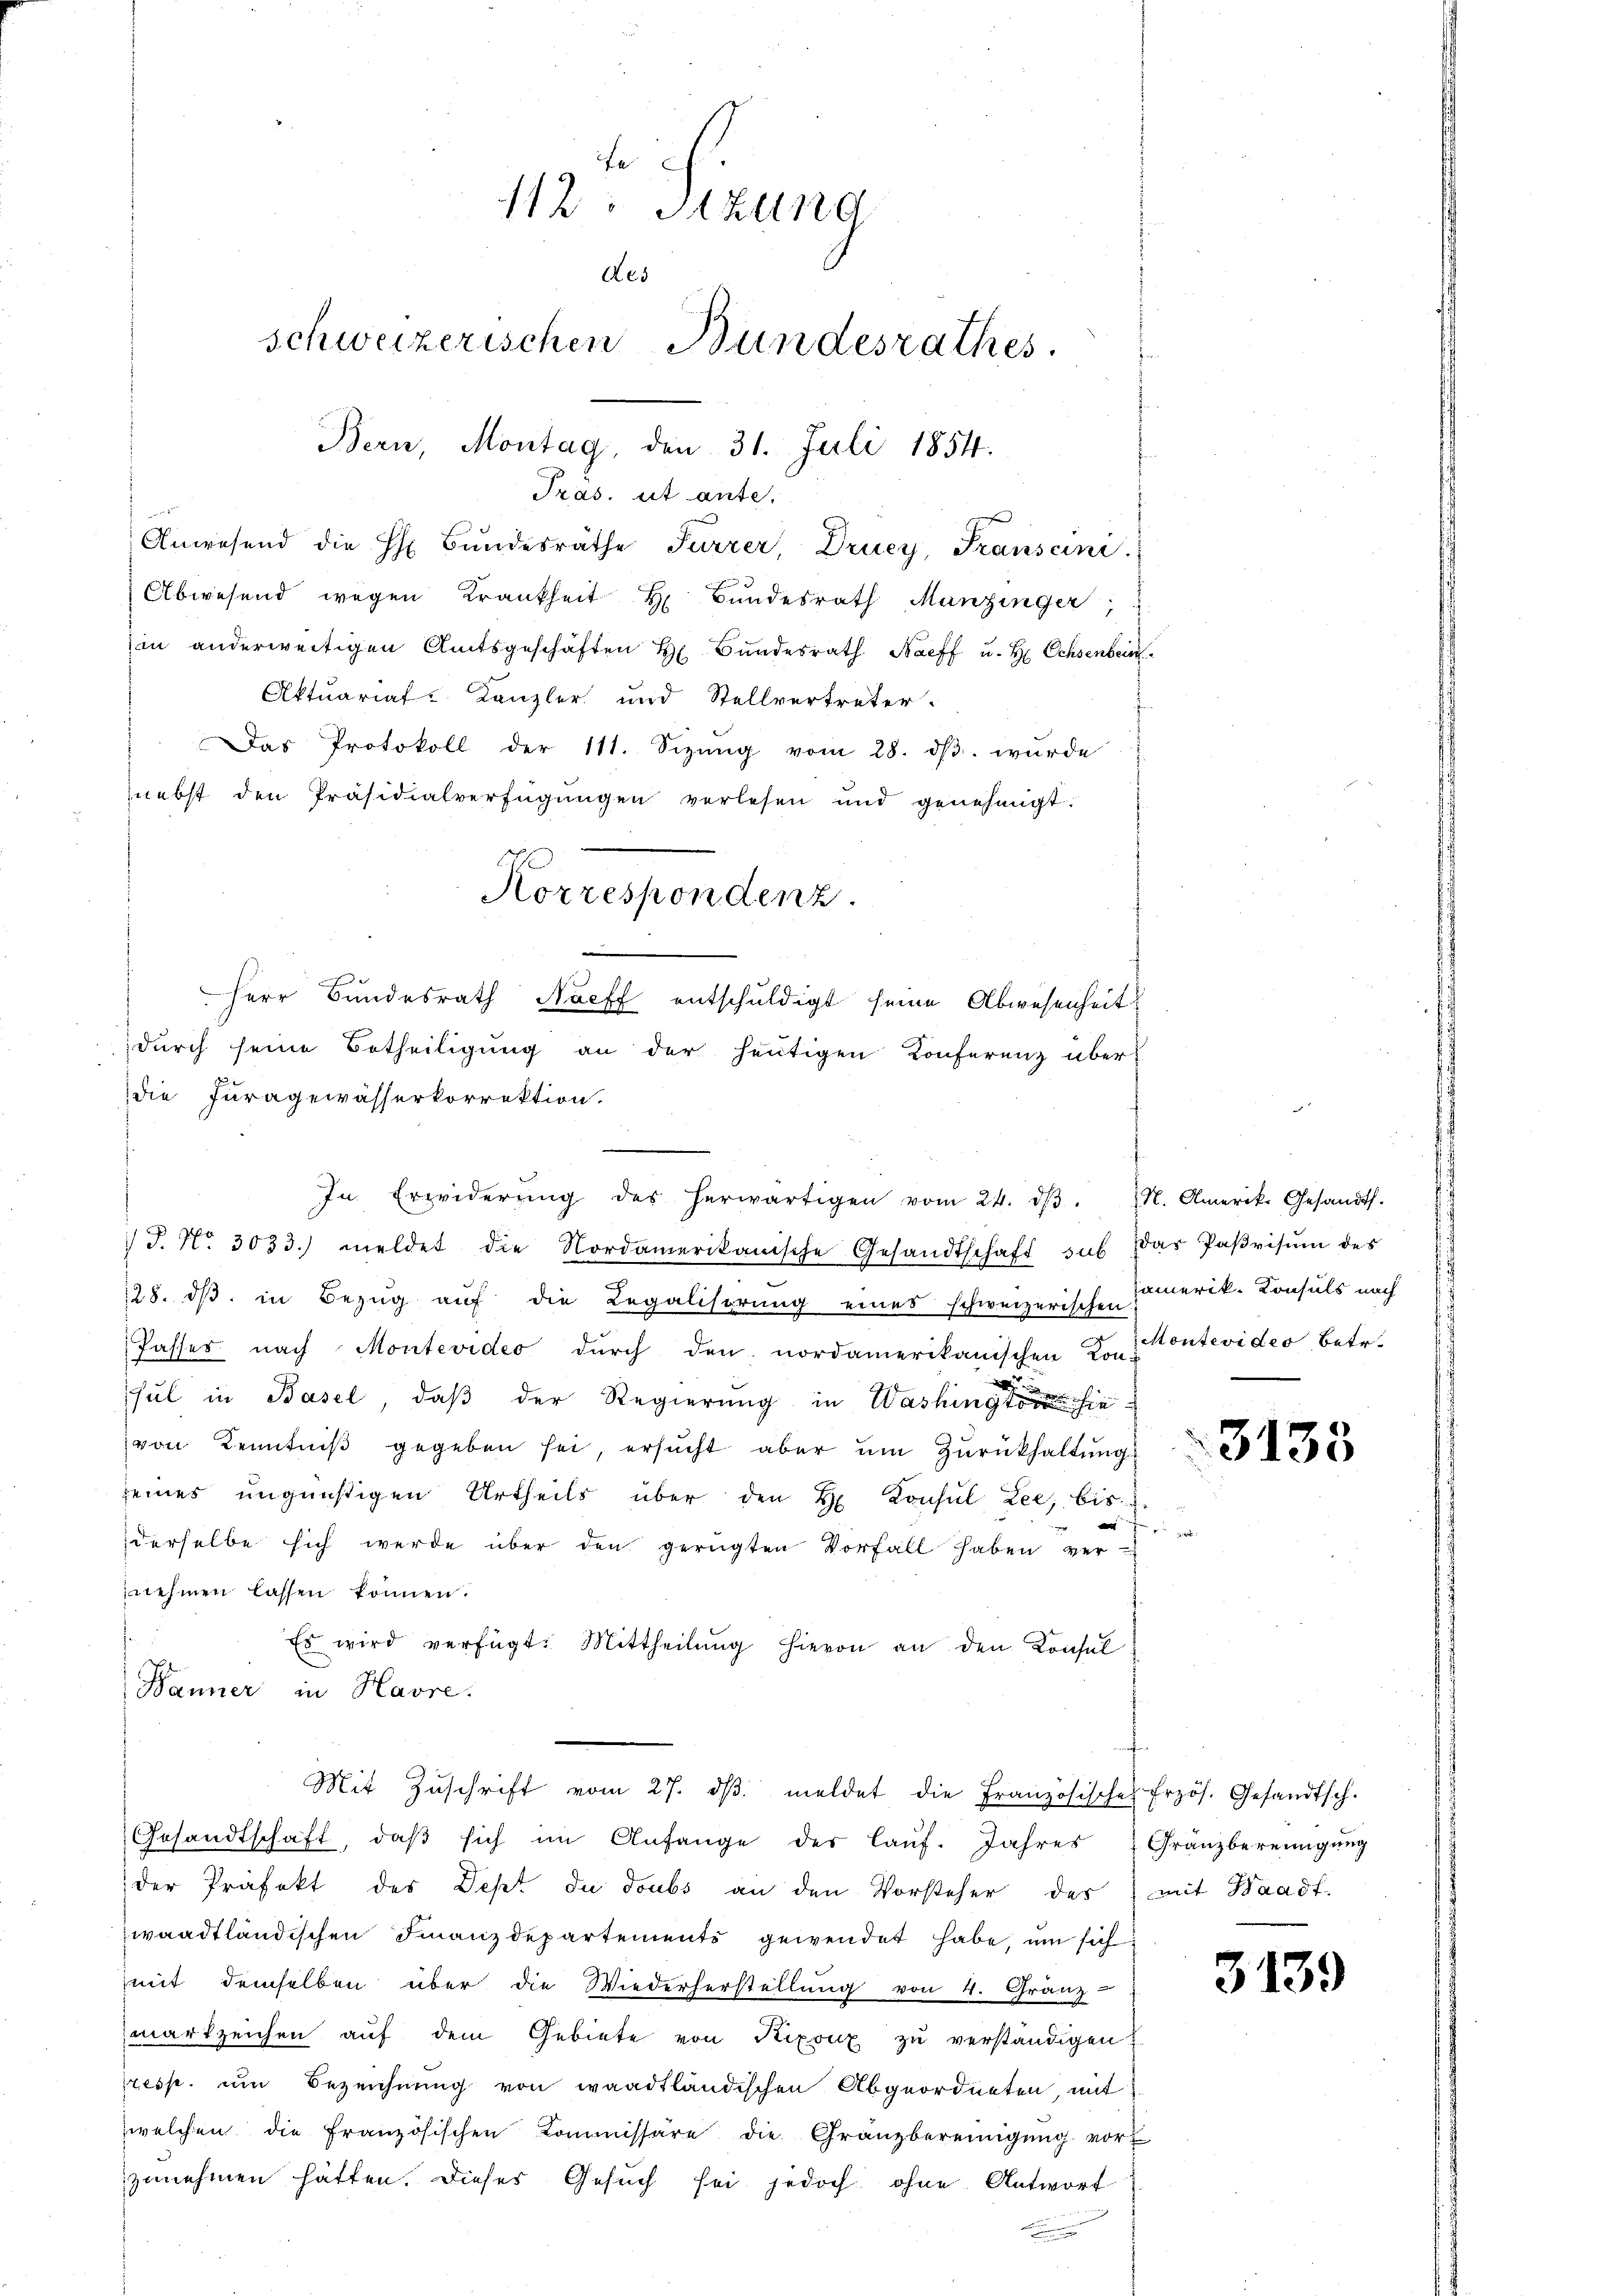
112 Stund
Aes
schweizerischen Bundesrathes.
Bern, Montag, den 31. Juli 1854.

.
 J. No. 3033.) meldet die Nordamerikanische Gesandtschaft sub das Paβvisŭm des
128. dβ in Bezug auf die Regalisprung eines schweizerischen Emerik- Konsuls nach
Passes nach Montevideo durch den nordamerikanischen Kon-
sul in Basel, daß der Regierung in Washingte sie
von Kenntniß gegeben sei, ersucht aber um Zurückhaltung
seines ungünstigen Urtheils über den H. Consul Lee, bis
s
derselbe sich werde über den gerügten Vorfall haben ver-
nehmen lassen können.
Es wird verfügt: Mittheilŭng hievon an den Konsul
Bänner in Havre.
Mit Zŭschrift vom 27. dβ meldet die Französisches Erzös. Gesandtsch.
Gesandtschaft, daβ sich im Anfange der laŭf. Jahres Gränzbereinigŭng
der Präfekt der Dept du doubs an den Vorsteher des mit Waadt-
waadtländischen Finanzdepartemento gewendet habe, um sich
mit demselben über die Wiederherstellung von 4. Gränz
wartzeichen auf dem Gebiete von Pixonz zu verständigen
resse, um Bezeichnung von waadtländischen Abgeordneten, mit
welchen die französischen Kommissäre die Gränzbereinigŭng vor
zunehmen hätten. Dieses Gesuch sei jedoch ohne Antwort
.

Tras. et ante.
Anwesend die H. Bŭndesräthe Furrer, Drucy, Franscini
Abwesend wegen Krankheit H. Bŭndesrath Menzinger,
hin anderweitigen Amtsgeschäften H Bundesrath Naeff u. H Ochsenber
Aktuariat Kanzler und Stellvertreter.
Das Protokoll der 111. Sizŭng vom 28. dβ. wurde
nebst den Präsidialverfügungen verlesen und genehmigt.
Korrespondenz.
Herr Bundesrath Noeff entschuldigt seine Abwesenheit
durch seine Betheiligung an der heutigen Konferenz überdie Furagewässerkorrektion.

In Erwiderŭng des herwärtigen vom 24. dβ. N. Amerik. Gesandts.

Montevides Betr.

3133

3139